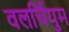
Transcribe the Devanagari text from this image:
वलर्चियुम